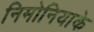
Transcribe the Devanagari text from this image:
निमोनियाके